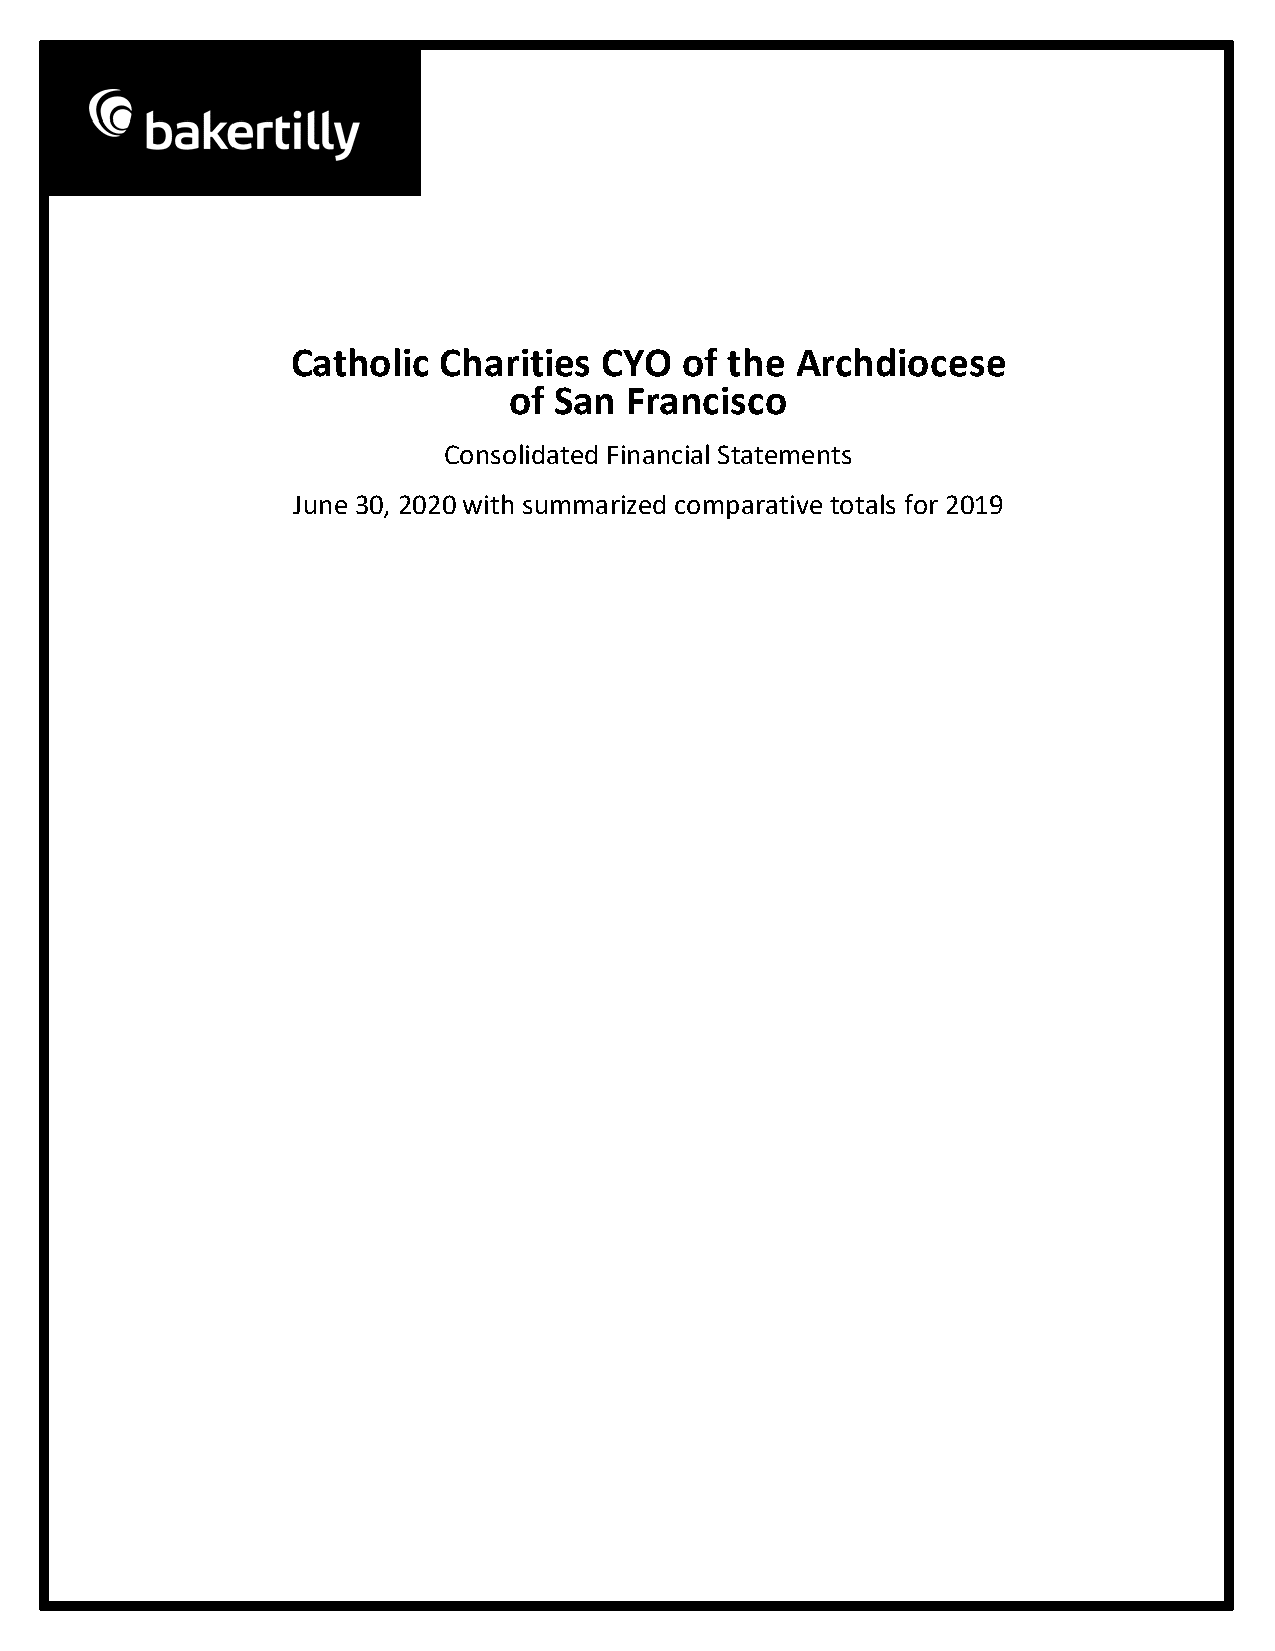
Catholic  Charities  CYO  of the  Archdiocese
 of San Francisco
 Consolidated Financial Statements
 June 30, 2020 with summarized comparative totals for 2019